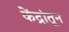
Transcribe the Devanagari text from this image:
केंद्रांतून